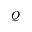
Q